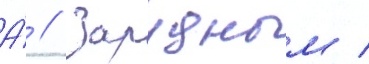
А́ // Зарудным /